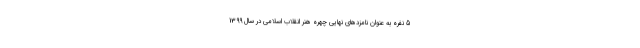
5 نفره به عنوان نامزدهای نهایی چهره هنر انقلاب اسلامی در سال 1399